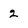
Character: 2